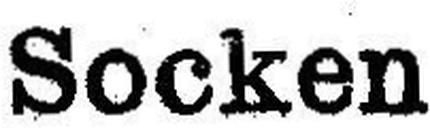
Socken